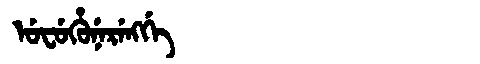
Manchu: ᡠᠸᡠᡥᡠᠨᡝᡵᡝᠩᡤᡝ
Romanization: UFUHUNERENGGE